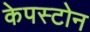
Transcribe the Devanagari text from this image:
केपस्टोन